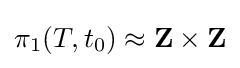
\pi _{1}(T,t_{0})\approx \mathbf {Z} \times \mathbf {Z}